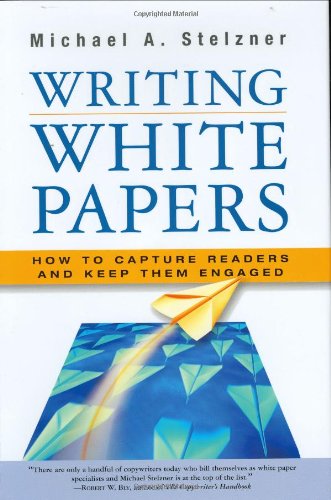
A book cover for Writing White Papers: How to Capture Readers and Keep Them Engaged; Michael A. Stelzner; Business & Money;